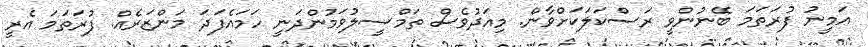
އަމީނު ފުރަތަމަ ބޭނުންވީ ރަސްކަލަކަށްވާން. މިއަދުވެސް ތަމްސީލުވަމުންދަނީ ހަމައެފަދަ މަންޒަރެއް. ފުރަތަމަ އެރީ